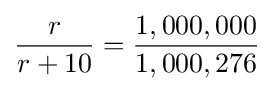
{\frac {r}{r+10}}={\frac {1,000,000}{1,000,276}}